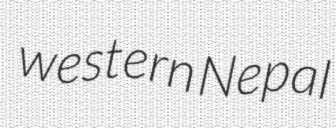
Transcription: western Nepal